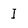
Character: I